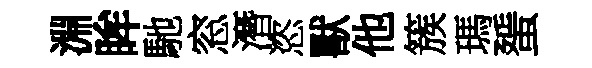
淵眸馳窓潛恣獸他簇瑪蜑